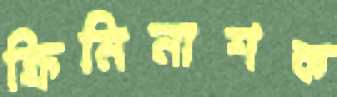
ক্রিমিনাশক